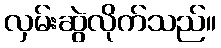
လှမ်းဆွဲလိုက်သည်။